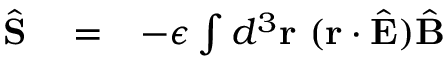
\begin{array} { r l r } { \hat { \bf S } } & { { } = } & { - \epsilon \int d ^ { 3 } { \bf r } \ ( { \bf r } \cdot \hat { \bf E } ) \hat { \bf B } } \end{array}